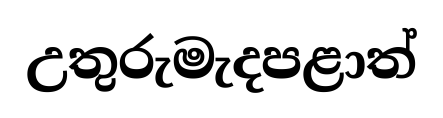
උතුරුමැදපළාත්